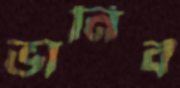
ভানিব